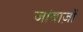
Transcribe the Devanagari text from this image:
जांबाज़ों